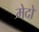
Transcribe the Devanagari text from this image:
मेदो